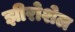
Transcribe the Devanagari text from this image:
झीरोशेल